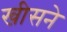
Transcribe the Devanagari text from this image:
खीसने